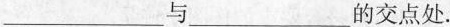
___与___的交点处.